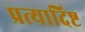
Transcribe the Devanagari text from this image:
प्रत्यादिष्ट